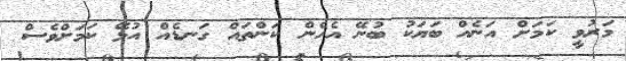
މަރުވީ ކަމަށް އަނެއް ބަޔަކު ބުނޭ އެހެން ކަންތައް ގަނޑެއް އުޅޭ ކަމަށްވެސް